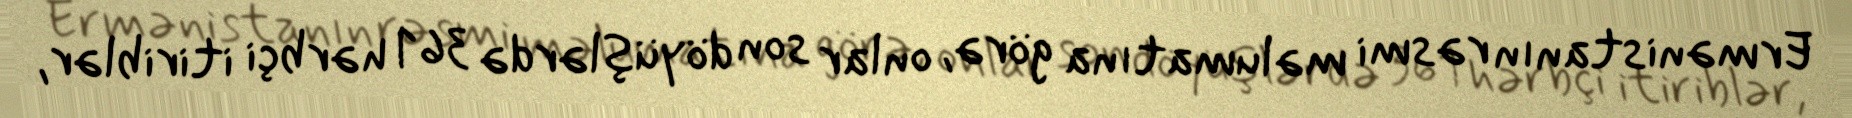
Ermənistanın rəsmi məlumatına görə, onlar son döyüşlərdə 361 hərbçi itiriblər,